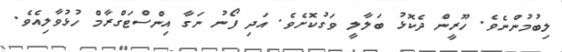
ލިބުމުންނެވެ. ހޫރީން ދެކޮޅު ބަލާލީ ވަގުކޮށެވެ. އަދި ފޯނު ނަގާ އިންސްޓަގްރާމް ހުޅުވާލިއެވެ.